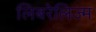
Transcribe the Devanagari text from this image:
लिबरेलिज्म